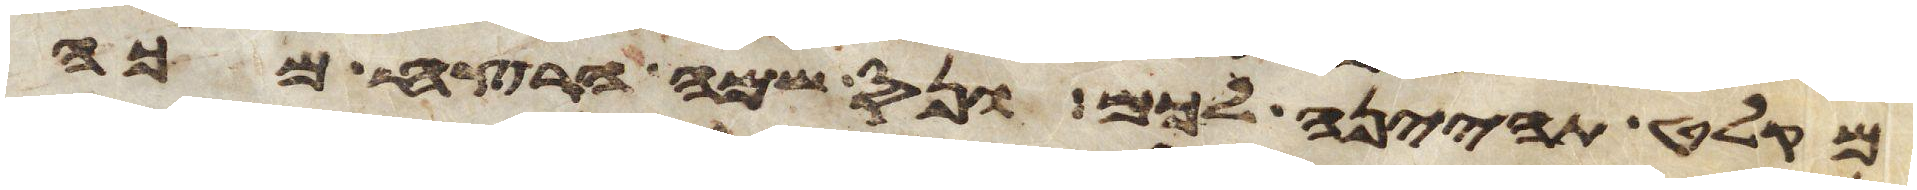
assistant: מקלט תהיינה לכם ונס שמה הרצח מכה